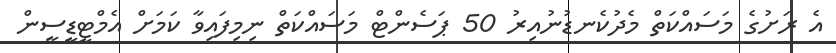
އެ ރަށުގެ މަސައްކަތް މެދުކެނޑުނުއިރު 50 ޕަސެންޓް މަސައްކަތް ނިމިފައިވާ ކަމަށް އެމްޓީޑީސީން